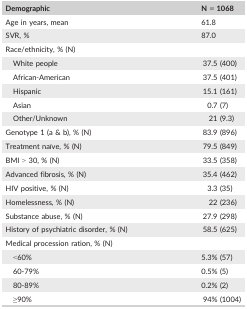
<table><thead><tr><td><b>Demographic</b></td><td><b>N = 1068</b></td></tr></thead><tbody><tr><td>Age in years, mean</td><td>61.8</td></tr><tr><td>SVR, %</td><td>87.0</td></tr><tr><td colspan="2">Race/ethnicity, % (N)</td></tr><tr><td>White people</td><td>37.5 (400)</td></tr><tr><td>African‐American</td><td>37.5 (401)</td></tr><tr><td>Hispanic</td><td>15.1 (161)</td></tr><tr><td>Asian</td><td>0.7 (7)</td></tr><tr><td>Other/Unknown</td><td>21 (9.3)</td></tr><tr><td>Genotype 1 (a &amp; b), % (N)</td><td>83.9 (896)</td></tr><tr><td>Treatment naïve, % (N)</td><td>79.5 (849)</td></tr><tr><td>BMI &gt; 30, % (N)</td><td>33.5 (358)</td></tr><tr><td>Advanced fibrosis, % (N)</td><td>35.4 (462)</td></tr><tr><td>HIV positive, % (N)</td><td>3.3 (35)</td></tr><tr><td>Homelessness, % (N)</td><td>22 (236)</td></tr><tr><td>Substance abuse, % (N)</td><td>27.9 (298)</td></tr><tr><td>History of psychiatric disorder, % (N)</td><td>58.5 (625)</td></tr><tr><td colspan="2">Medical procession ration, % (N)</td></tr><tr><td>&lt;60%</td><td>5.3% (57)</td></tr><tr><td>60‐79%</td><td>0.5% (5)</td></tr><tr><td>80‐89%</td><td>0.2% (2)</td></tr><tr><td>≥90%</td><td>94% (1004)</td></tr></tbody></table>